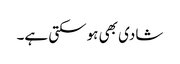
شادی بھی ہوسکتی ہے۔